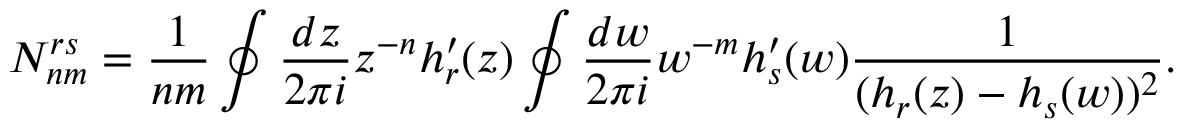
N _ { n m } ^ { r s } = \frac { 1 } { n m } \oint \frac { d z } { 2 \pi i } z ^ { - n } h _ { r } ^ { \prime } ( z ) \oint \frac { d w } { 2 \pi i } w ^ { - m } h _ { s } ^ { \prime } ( w ) \frac { 1 } { ( h _ { r } ( z ) - h _ { s } ( w ) ) ^ { 2 } } .